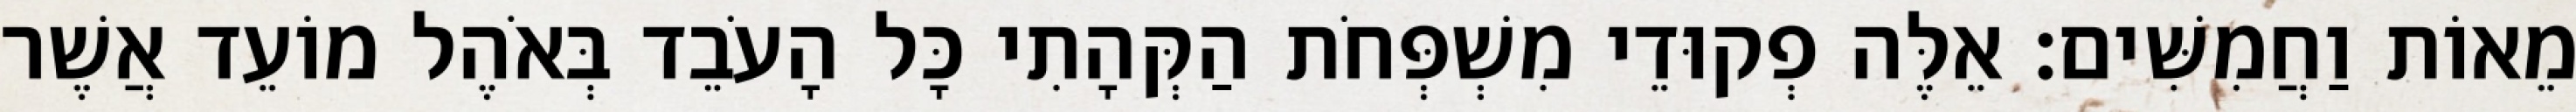
מֵאוֹת וַחֲמִשִּׁים׃ אֵלֶּה פְקוּדֵי מִשְׁפְּחֹת הַקְּהָתִי כָּל הָעֹבֵד בְּאֹהֶל מוֹעֵד אֲשֶׁר